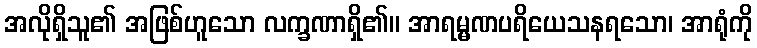
အလိုရှိသူ၏ အဖြစ်ဟူသော လက္ခဏာရှိ၏။ အာရမ္မဏပရိယေသနရသော၊ အာရုံကို